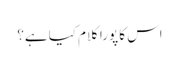
اس کا پورا کلام کیا ہے؟